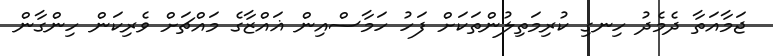
ޖަމާއަތާ ދެމެދު ހިނގި ކުރިމަތިލުންތަކަށް ފަހު ހަމާސްއިން ޣައްޒާގެ މައްޗަށް ވެރިކަން ހިންގާން